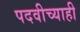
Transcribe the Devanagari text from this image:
पदवीच्याही